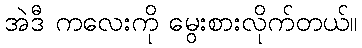
အဲဒီ ကလေးကို မွေးစားလိုက်တယ်။